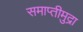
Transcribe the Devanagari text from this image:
समाप्तीमुद्रा